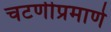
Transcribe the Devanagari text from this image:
चटणीप्रमाणे